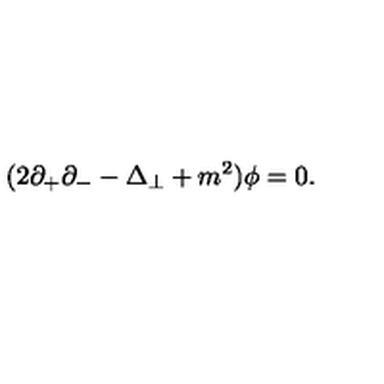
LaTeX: ( 2 \partial _ { + } \partial _ { - } - \Delta _ { \perp } + m ^ { 2 } ) { \phi } = 0 .